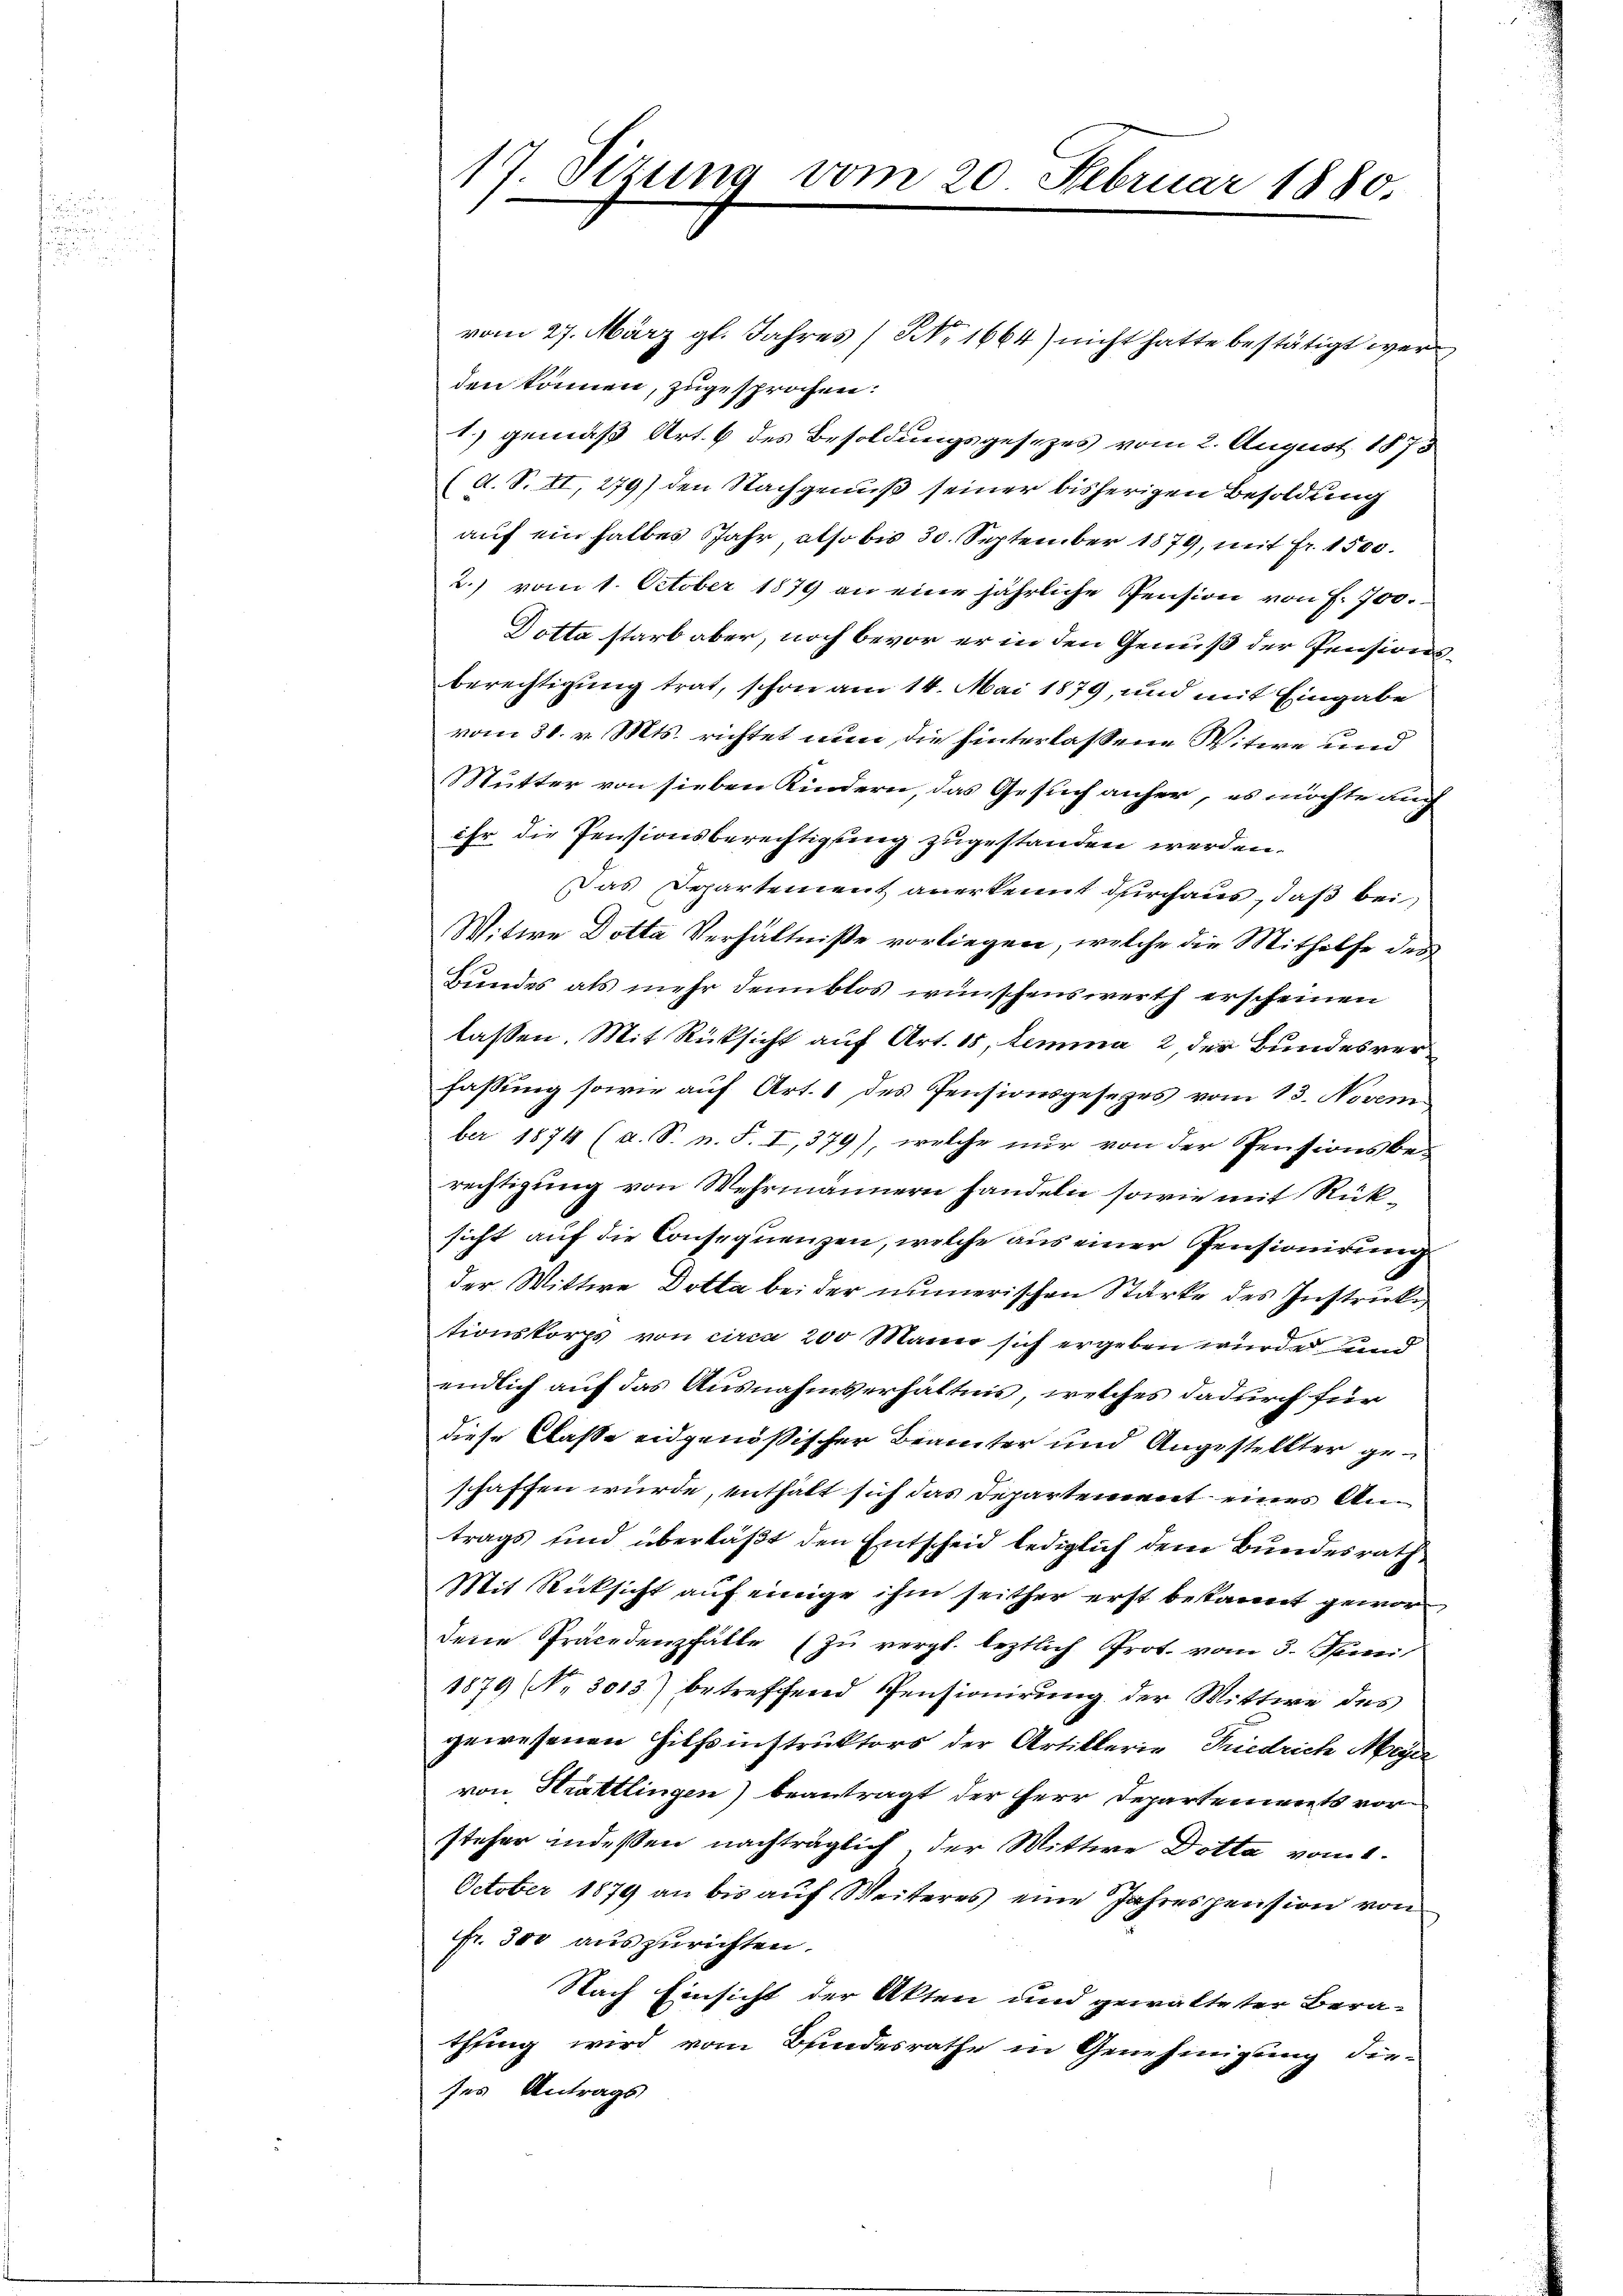
17. Sizung vom 20. Februar 1880.

vom 27. März gl. Jahres (NNo. 1664) nicht hatte bestätigt wer
den können, zugesprochen.
1.) gemäß Art. 6 des Besoldungsgesezes vom 2. August 1873
(d. S. II, 279) den Nachgenuß seiner bisherigen Besoldung
auf ein halbes Jahr, also bis 30. September 1879, mit Fr. 1500.
2.) vom 1. October 1879 an eine jährliche Pension von F. 700.
Dotta starb aber, noch bevor er in den Genuß der Pensionsberechtigung trat, schon am 14. Mai 1879, und mit Eingabe
vom 31. v. Mts. richtet nun die hinterlassene Witwe und
Mutter von sieben Kindern, das Gesuch anher, es möchte auch
ihr die Pensionsberechtigung zugestanden werden.
Das Departement anerkennt durchaus, daß bei
Witwe Dotta Verhältniße vorliegen, welche die Mithilfe des
Bundes als mehr denn blos wünschenswerth erscheinen
lassen. Mit Rücksicht auf Art. 15, Lemma 2 der Bundesverfassung sowie auf Art. 1 des Pensionsgesetzes vom 13. Novem
ber 1874 (a. S. n. F. I,379), welche nur von der Pensionsbe-
rechtigung von Wehrmännern handeln sowie mit Rücksicht auf die Consequenzen, welche aus einer Pensionirung
der Wittwe Dotta bei der numerischen Stärke des Instricke,
tionskorps von circa 200 Mann sich ergeben würde und
endlich auf das Ausnahmserhältnis, welches dadurch für
diese Claße eidgenößischer Beamter und Angestellter geschaffen wurde, enthalt sich das Departement eines Antrags und überläßt den Entscheid lediglich dem Bundesrath
Mit Rücksicht auf einige ihm seither erst bekannt gewordene Präcedenzfälle (zu vergl. leztlich Prot. vom 3. Seni
1879 No 3013) betreffend Pensionirung der Wittwe des
gewesenen Hilfsinstruktors der Artiklerie Friedrich Meyer
von Hrattlingen) beantragt der Herr Departements vor
steher indessen nachträglich, der Mittwe Dotta vom 1.
October 1879 an bis auf Weiteres eine Jahrespension von
fr. 300 auszurichten.
Nach Einsicht der Akten und gewalteter Bera-
thung wird vom Bundesrathe in Genehmigung die-
ses Antrags